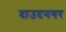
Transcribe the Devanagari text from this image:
दाउदनगर